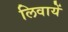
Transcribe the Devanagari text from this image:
लिवायें